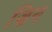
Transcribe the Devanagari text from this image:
ज़िन